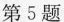
第5题